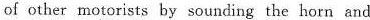
of other motorists by sounding the horn and